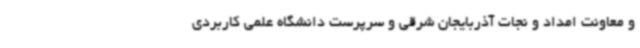
و معاونت امداد و نجات آذربایجان شرقی و سرپرست دانشگاه علمی کاربردی